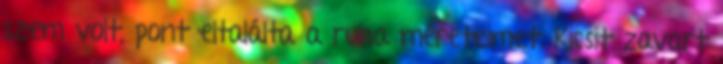
szem volt, pont eltalálta a ruha méreteimet. Kicsit zavart